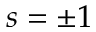
s = \pm 1